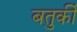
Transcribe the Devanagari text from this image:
बतुर्की